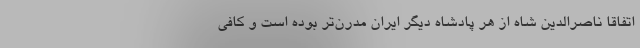
اتفاقا ناصرالدین شاه از هر پادشاه دیگر ایران مدرن‌تر بوده است و کافی